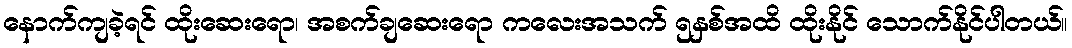
နောက်ကျခဲ့ရင် ထိုးဆေးရော၊ အစက်ချဆေးရော ကလေးအသက် ၅နှစ်အထိ ထိုးနိုင် သောက်နိုင်ပါတယ်။